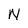
Character: N